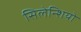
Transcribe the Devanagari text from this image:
सिलेन्शियो